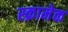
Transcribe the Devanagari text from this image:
स्क्रामेक